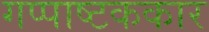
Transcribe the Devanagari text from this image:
गप्पाष्टककार